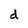
Character: d